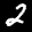
Label: 2